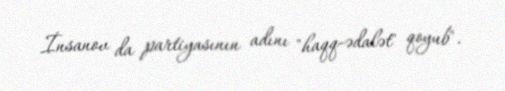
İnsanov da partiyasının adını "haqq-ədalət" qoyub".